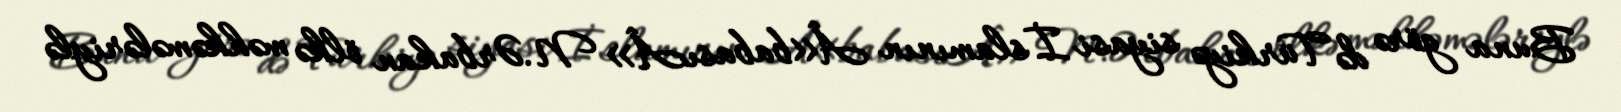
Buna görə də Türkiyə siyasi İslamının Â«babasıÂ» N.Ərbakan ölkə məhkəmələriylə